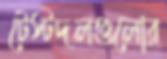
টেস্টদলগুলোর